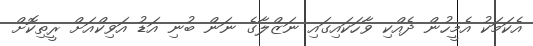
އެކަމަކު އެމީހުން ދެއްކި ވާހަކައިގައި ނަޒްލާގެ ނަން ބުނި އަޑު އަވިކްއަށް ރީތިކޮށް